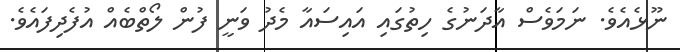
ނޫޅެއެވެ. ނަމަވެސް އާދަނުގެ ހިތުގައި އައިސައާ މެދު ވަނީ ފުން ލޯތްބެއް އުފެދިފައެވެ.